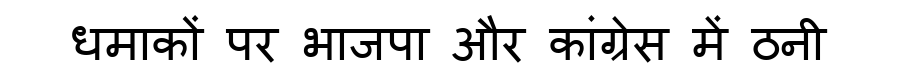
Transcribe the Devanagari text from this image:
धमाकों पर भाजपा और कांग्रेस में ठनी